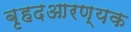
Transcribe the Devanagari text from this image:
बृहदआरण्यक